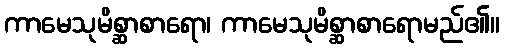
ကာမေသုမိစ္ဆာစာရော၊ ကာမေသုမိစ္ဆာစာရောမည်၏။